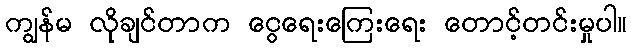
ကျွန်မ လိုချင်တာက ငွေရေးကြေးရေး တောင့်တင်းမှုပါ။